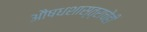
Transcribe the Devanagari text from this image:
औषधशास्त्राचेही